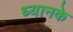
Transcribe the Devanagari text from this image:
ध्यानके